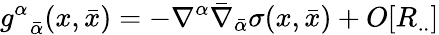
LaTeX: g_{\; \; {\bar{\alpha}}}^{\alpha}(x,{\bar{x}})=-\nabla^{\alpha}{\bar{\nabla}}_{\bar{\alpha}}\sigma(x,{\bar{x}})+O[R_{..}]